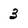
Character: 3